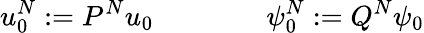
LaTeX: u_{0}^{N}:=P^{N}u_{0}\qquad\qquad\psi_{0}^{N}:=Q^{N}\psi_{0}